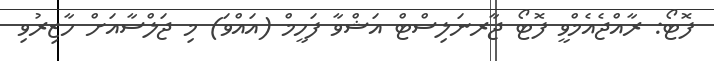
ފޮޓޯ: ރާއްޖެއެމްވީ ފޮޓޯ ޖާރނަލިސްޓް އަޝްވާ ފަހީމް (އައްވަ) މި ޖަލްސާއަށް ހާޒިރުވި